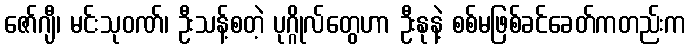
ဇော်ဂျီ၊ မင်းသုဝဏ်၊ ဦးသန့်စတဲ့ ပုဂ္ဂိုလ်တွေဟာ ဦးနုနဲ့ စစ်မဖြစ်ခင်ခေတ်ကတည်းက